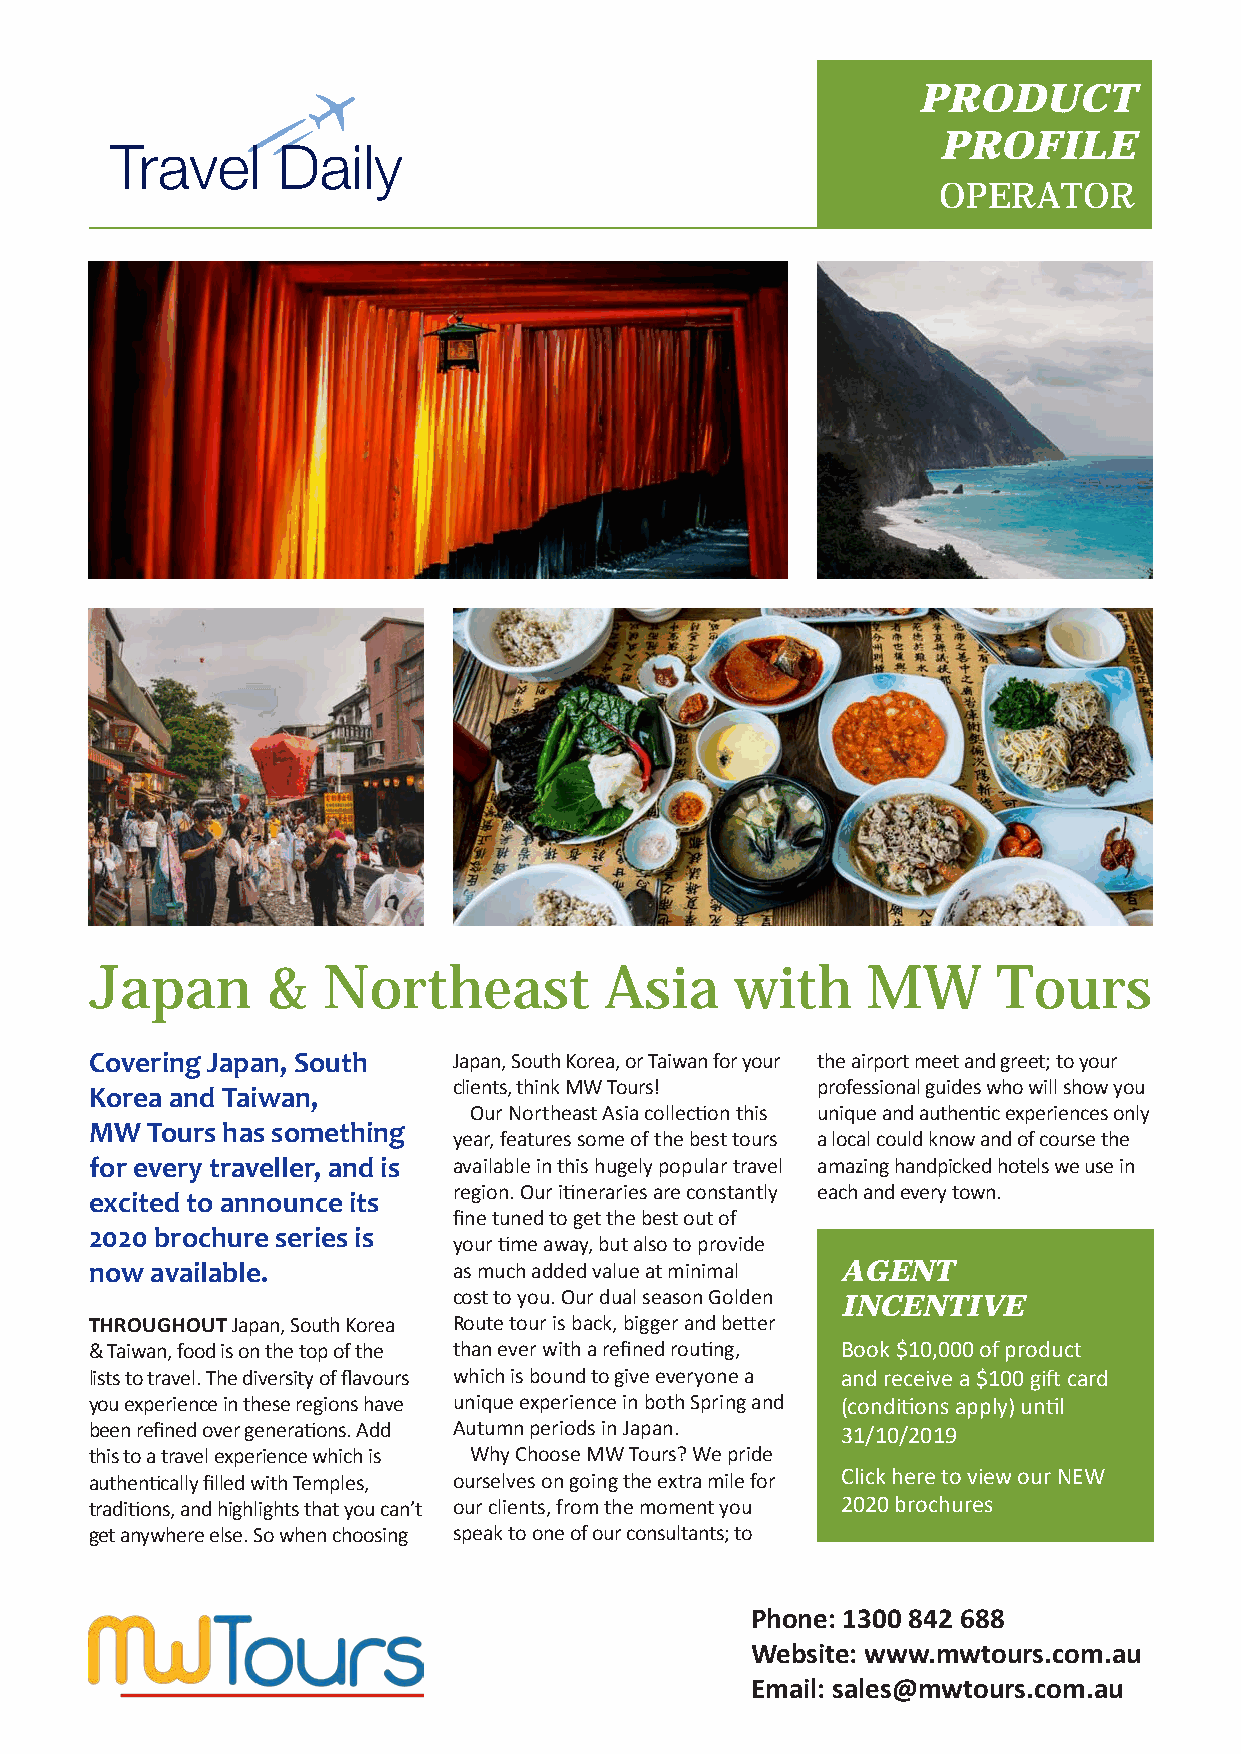
PRODUCT
 PROFILE
 OPERATOR
 Japan       &  Northeast          Asia     with    MW       Tours
 Covering Japan, South   Japan, South Korea, or Taiwan for your the airport meet and greet; to your
 clients, think MW Tours! professional guides who will show you
 Korea and Taiwan,
 Our Northeast Asia collection this unique and authentic experiences only
 MW  Tours has something
 year, features some of the best tours a local could know and of course the
 for every traveller, and is available in this hugely popular travel amazing handpicked hotels we use in
 region. Our itineraries are constantly each and every town.
 excited to announce its
 fine tuned to get the best out of
 2020 brochure series is
 your time away, but also to provide
 now available.          as much added value at minimal AGENT
 cost to you. Our dual season Golden
 INCENTIVE
 THROUGHOUT Japan, South Korea Route tour is back, bigger and better
 & Taiwan, food is on the top of the than ever with a refined routing, Book $10,000 of product
 lists to travel. The diversity of flavours which is bound to give everyone a and receive a $100 gift card
 you experience in these regions have unique experience in both Spring and (conditions apply) until
 been refined over generations. Add Autumn periods in Japan. 31/10/2019
 this to a travel experience which is Why Choose MW Tours? We pride
 authentically filled with Temples, ourselves on going the extra mile for Click here to view our NEW
 traditions, and highlights that you can’t our clients, from the moment you 2020 brochures
 get anywhere else. So when choosing speak to one of our consultants; to
 Phone: 1300 842 688
 Website: www.mwtours.com.au
 Email: sales@mwtours.com.au